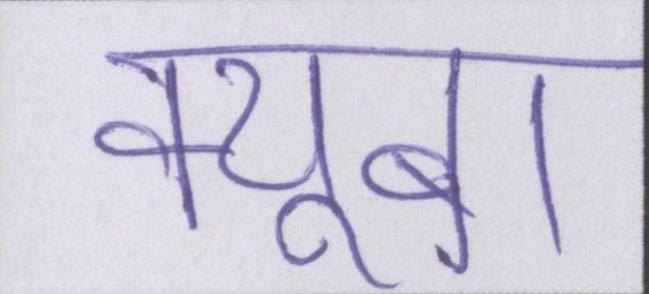
क्यूबा